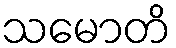
သမောတိ